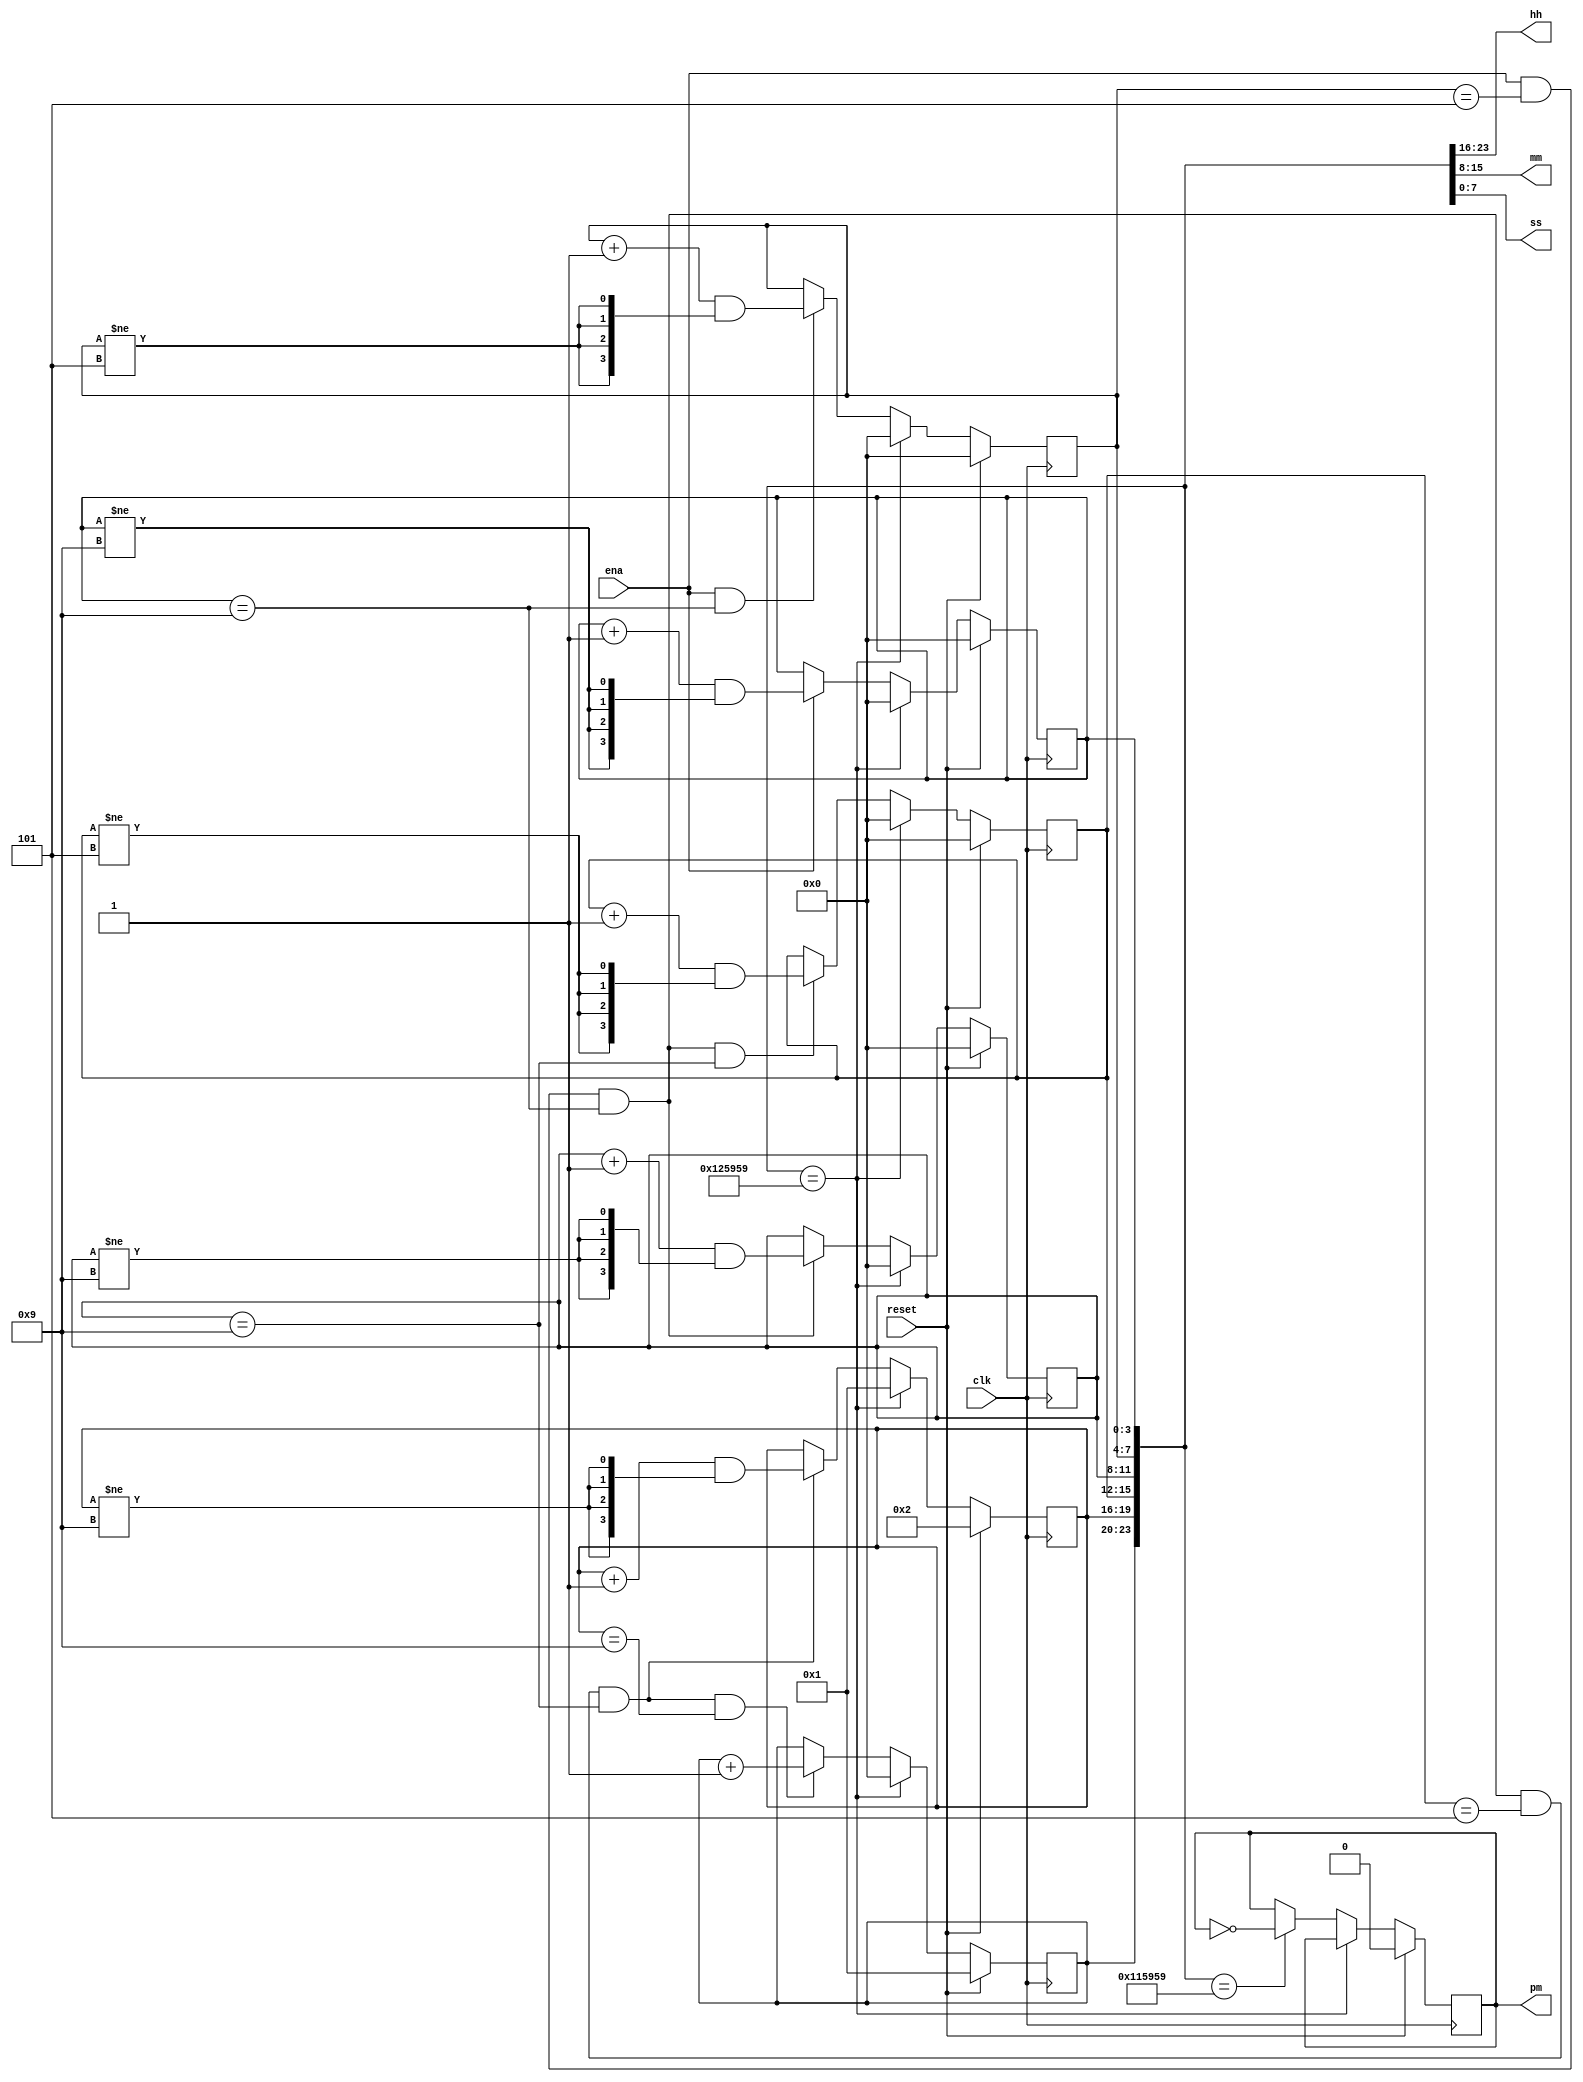
module top_module(
    input clk,
    input reset,
    input ena,
    output pm,
    output [7:0] hh,
    output [7:0] mm,
    output [7:0] ss);
    
    reg [3:0] ss2, ss1;
    assign ss = {ss2, ss1};
    
    reg [3:0] mm2, mm1;
    assign mm = {mm2, mm1};
    
    reg [3:0] hh2, hh1;
    assign hh = {hh2, hh1};
    
    always @ (posedge clk)begin
        if (reset)begin
            hh2 <= 4'd1;
        	hh1 <= 4'd2;
        	mm2 <= 4'b0000;
        	mm1 <= 4'b0000;
        	ss2 <= 4'b0000;
        	ss1 <= 4'b0000;
        	pm <= 1'b0;end
        else if ({hh2, hh1, mm2, mm1, ss2, ss1} == {4'd1, 4'd2, 4'd5, 4'd9, 4'd5, 4'd9})begin
            hh2 <= 4'd0;
            hh1 <= 4'd1;
            mm2 <= 4'b0000;
            mm1 <= 4'b0000;
            ss2 <= 4'b0000;
            ss1 <= 4'b0000;end
        else begin
            if(ena) 
                ss1 <= (ss1 + 1'b1) & {4{ss1 != 4'b1001}};
            if(ena & (ss1 == 4'b1001)) 
                ss2 <= (ss2 + 1'b1) & {4{ss2 != 4'b0101}};
            if(ena & (ss2==4'd5) & (ss1==4'd9)) 
                mm1 <= (mm1 + 1'b1) & {4{mm1 != 4'd9}};
            if(ena & (ss2==4'd5) & (ss1==4'd9) & (mm1==4'd9)) 
                mm2 <= (mm2 + 1'b1) & {4{mm2 != 4'd5}};
            if(ena & (ss2==4'd5) & (ss1==4'd9) & (mm2==4'd5) & (mm1==4'd9)) 
                hh1 <= (hh1 + 1'b1) & {4{hh1 != 4'd9}};
            if( ena & (ss2==4'd5) & (ss1==4'd9) & (mm2==4'd5) & (mm1==4'd9) & (hh1 == 4'd9) ) 
                hh2 <= (hh2 + 1'b1);
            if ({hh2, hh1, mm2, mm1, ss2, ss1} == {4'd1, 4'd1, 4'd5, 4'd9, 4'd5, 4'd9})
                pm <= ~pm;
        end
           
    end
    

endmodule